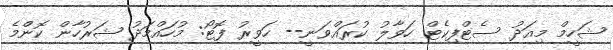
ޝަހީމް މިއަދު ސެޓްފިކެޓް ހަވާލު ކުރައްވަނީ-- ހަވީރު ފޮޓޯ: މުހައްމަދު ޝަރުހާން ކޮންމެ